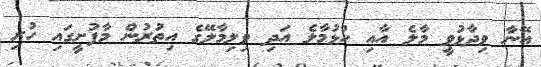
އޭނާ ވިދާޅުވީ މާލެ އާއި ހުޅުމާލެ އަދި ވިލިމާލޭގެ އިތުރުން މާފުށީގައި ހުރި